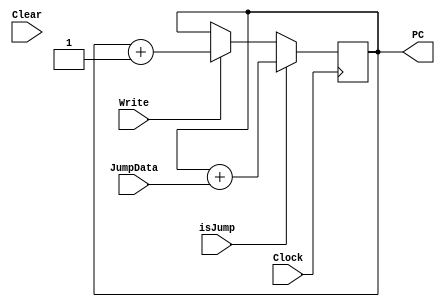
module PC (
    input [17:0] JumpData,
    input Clock,
    input isJump,
    input Clear,
    input Write,
    output reg [17:0] PC
);
//PC sfrland
initial
begin
    PC = 18'b0;
end
always@(posedge Clock)
begin 
if (!isJump)
    begin
        if (Write)
            begin
                PC = PC + 18'b1;
            end
    end
else
    begin
        PC = PC + JumpData;
    end
end


endmodule